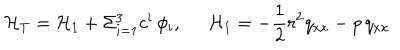
LaTeX: { \cal H } _ { T } = { \cal H } _ { 1 } + \Sigma _ { i = 1 } ^ { 3 } c ^ { i } \, \phi _ { i } , \; \; { \cal H } _ { 1 } = - \frac { 1 } { 2 } r ^ { 2 } q _ { x x } - p \, q _ { x x }